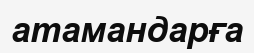
атамандарға